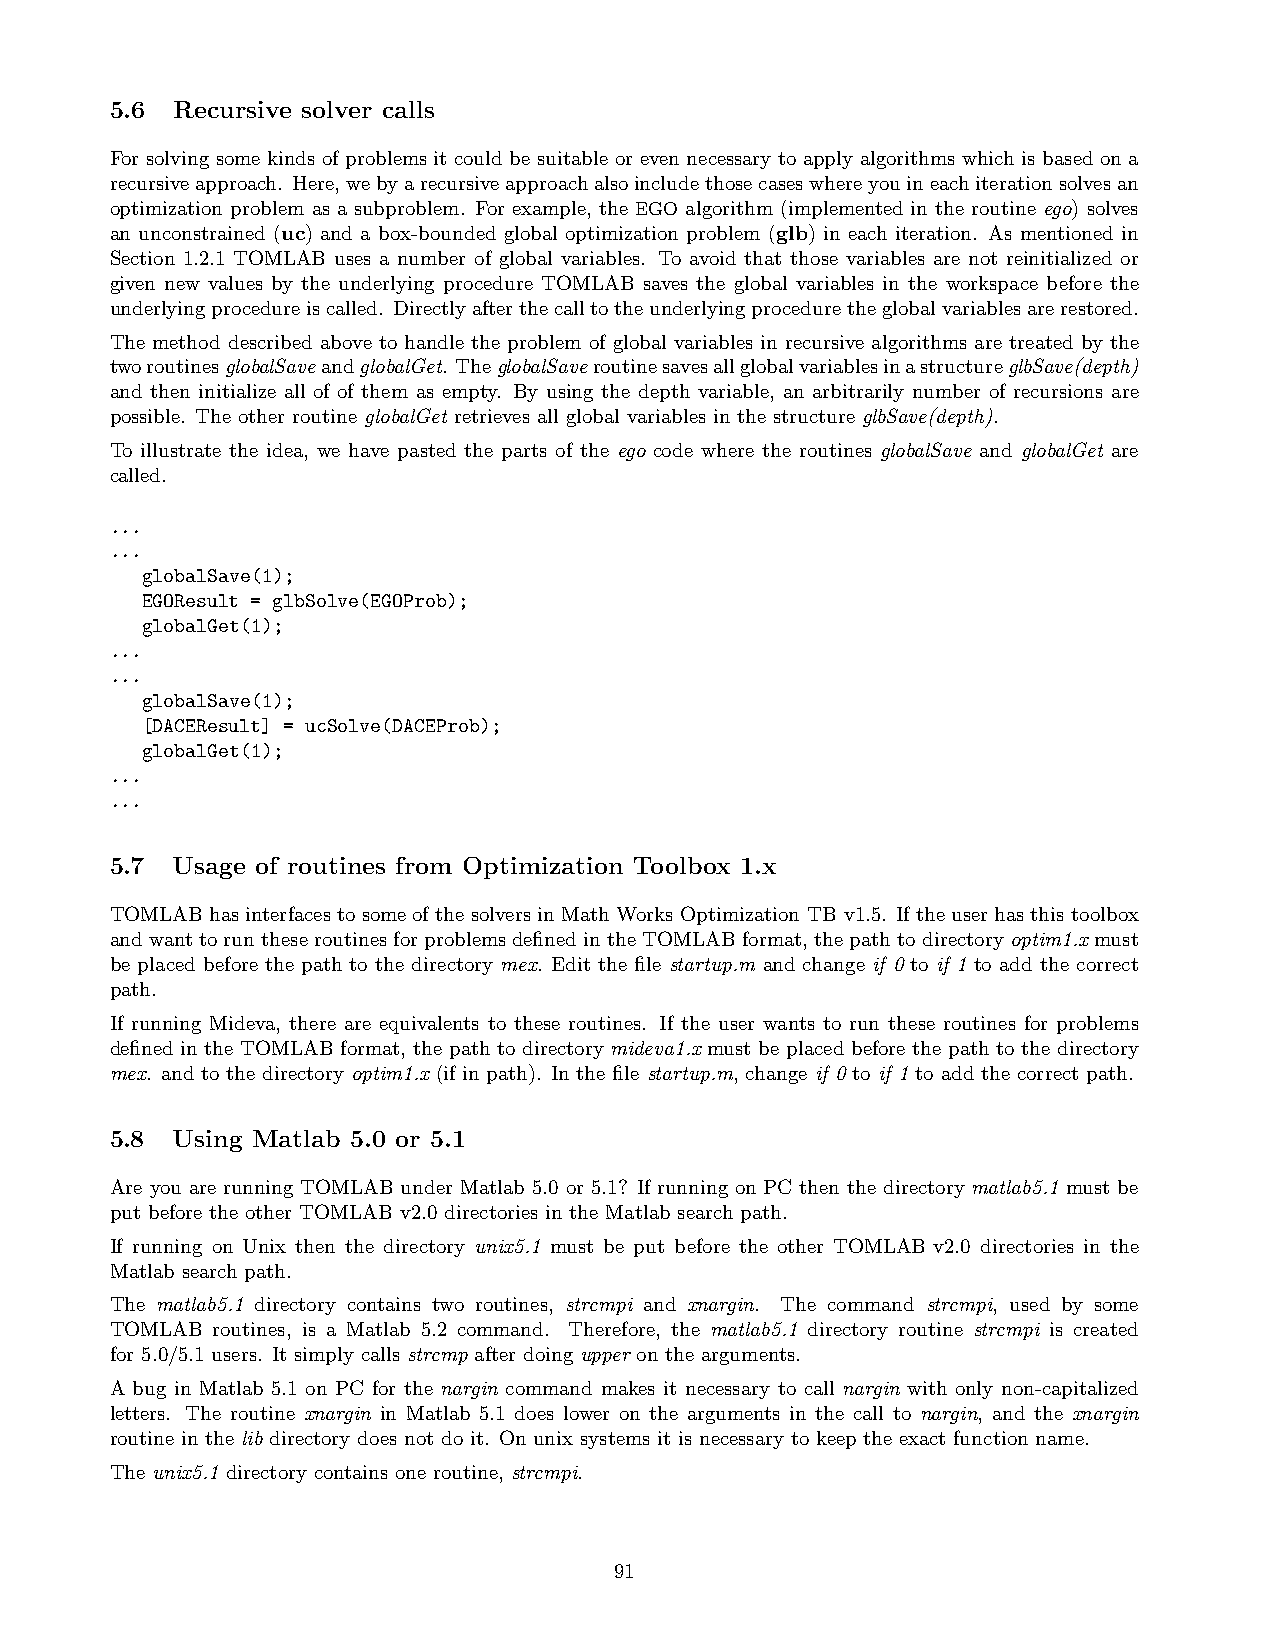
5.6 Recursive solver calls
 For solving some kinds of problems it could be suitable or even necessary to apply algorithms which is based on a
 recursiveapproach. Here,webyarecursiveapproachalsoincludethosecaseswhereyouineachiterationsolvesan
 optimization problem as a subproblem. For example, the EGO algorithm (implemented in the routine ego) solves
 an unconstrained (uc) and a box-bounded global optimization problem (glb) in each iteration. As mentioned in
 Section 1.2.1 TOMLAB uses a number of global variables. To avoid that those variables are not reinitialized or
 given new values by the underlying procedure TOMLAB saves the global variables in the workspace before the
 underlyingprocedureiscalled. Directlyafterthecalltotheunderlyingproceduretheglobalvariablesarerestored.
 The method described above to handle the problem of global variables in recursive algorithms are treated by the
 tworoutinesglobalSaveandglobalGet. TheglobalSaveroutinesavesallglobalvariablesinastructureglbSave(depth)
 and then initialize all of of them as empty. By using the depth variable, an arbitrarily number of recursions are
 possible. The other routine globalGet retrieves all global variables in the structure glbSave(depth).
 To illustrate the idea, we have pasted the parts of the ego code where the routines globalSave and globalGet are
 called.
 ...
 ...
 globalSave(1);
 EGOResult = glbSolve(EGOProb);
 globalGet(1);
 ...
 ...
 globalSave(1);
 [DACEResult] = ucSolve(DACEProb);
 globalGet(1);
 ...
 ...
 5.7 Usage of routines from Optimization Toolbox 1.x
 TOMLABhasinterfacestosomeofthesolversinMath Works Optimization TB v1.5. Iftheuserhasthistoolbox
 and want to run these routines for problems defined in the TOMLAB format, the path to directoryoptim1.x must
 be placed before the path to the directory mex. Edit the file startup.m and change if 0 to if 1 to add the correct
 path.
 If running Mideva, there are equivalents to these routines. If the user wants to run these routines for problems
 defined in the TOMLAB format, the path to directory mideva1.x must be placed before the path to the directory
 mex. and to the directory optim1.x (if in path). In the file startup.m, change if 0 to if 1 to add the correct path.
 5.8 Using Matlab 5.0 or 5.1
 Are you are running TOMLAB under Matlab 5.0 or 5.1? If running on PC then the directory matlab5.1 must be
 put before the other TOMLAB v2.0 directories in the Matlab search path.
 If running on Unix then the directory unix5.1 must be put before the other TOMLAB v2.0 directories in the
 Matlab search path.
 The matlab5.1 directory contains two routines, strcmpi and xnargin. The command strcmpi, used by some
 TOMLAB routines, is a Matlab 5.2 command. Therefore, the matlab5.1 directory routine strcmpi is created
 for 5.0/5.1 users. It simply calls strcmp after doing upper on the arguments.
 A bug in Matlab 5.1 on PC for the nargin command makes it necessary to call nargin with only non-capitalized
 letters. The routine xnargin in Matlab 5.1 does lower on the arguments in the call to nargin, and the xnargin
 routine in the lib directory does not do it. On unix systems it is necessary to keep the exact function name.
 The unix5.1 directory contains one routine, strcmpi.
 91